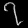
Digit: ၇